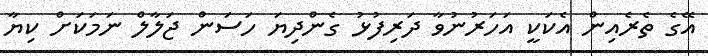
އޭގެ ތެރެއިން އެކަކީ އަހަރުނުވާ ދަރިފުޅު ގެންދިޔަ ހަސަން ޖަލާލް ނަމަކަށް ކިޔާ